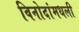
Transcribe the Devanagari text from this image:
विनोदांमधली